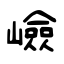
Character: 嶮